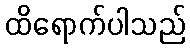
ထိရောက်ပါသည်